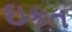
ઇકત